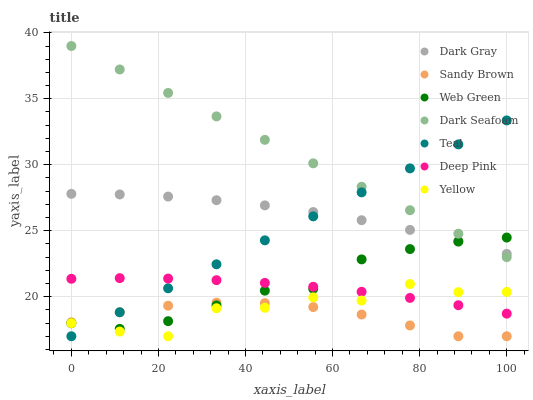
| xaxis_label | Dark Gray | Sandy Brown | Web Green | Dark Seafoam | Teal | Deep Pink | Yellow |
 | --- | --- | --- | --- | --- | --- | --- | --- |
 | 0 | 27.8 | 18.1 | 18 | 39 | 17 | 21.4 | 18 |
 | 11.1 | 27.7 | 18.8 | 17.6 | 37.2 | 18.8 | 21.4 | 17.4 |
 | 22.2 | 27.6 | 19.3 | 18.1 | 35.4 | 20.6 | 21.4 | 17 |
 | 33.3 | 27.3 | 19.5 | 19.3 | 33.7 | 22.5 | 21.3 | 19.1 |
 | 44.4 | 26.9 | 19.5 | 20.5 | 31.9 | 24.3 | 21 | 19.2 |
 | 55.6 | 26.4 | 19.2 | 20.6 | 30.1 | 26.1 | 20.8 | 19.9 |
 | 66.7 | 25.8 | 18.6 | 22.8 | 28.3 | 27.9 | 20.4 | 19.7 |
 | 77.8 | 25.1 | 17.8 | 23.6 | 26.6 | 29.7 | 19.9 | 21 |
 | 88.9 | 24.2 | 17 | 24.2 | 24.8 | 31.5 | 19.4 | 20.3 |
 | 100 | 23.2 | 17 | 24.5 | 23 | 33.4 | 18.7 | 20.4 |